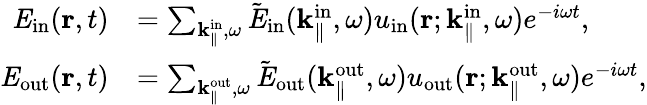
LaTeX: \begin{array}{rl}{{\mathit E}_{\mathrm{in}}({\mathbf r},t)}&{=\sum_{{\mathbf k}_{\parallel}^{\mathrm{in}},\omega}\tilde{\mathit E}_{\mathrm{in}}({\mathbf k}_{\parallel}^{\mathrm{in}},\omega)u_{\mathrm{in}}({\mathbf r};{\mathbf k}_{\parallel}^{\mathrm{in}},\omega)e^{-i\omega t},}\\ {{\mathit E}_{\mathrm{out}}({\mathbf r},t)}&{=\sum_{{\mathbf k}_{\parallel}^{\mathrm{out}},\omega}\tilde{\mathit E}_{\mathrm{out}}({\mathbf k}_{\parallel}^{\mathrm{out}},\omega)u_{\mathrm{out}}({\mathbf r};{\mathbf k}_{\parallel}^{\mathrm{out}},\omega)e^{-i\omega t},}\end{array}